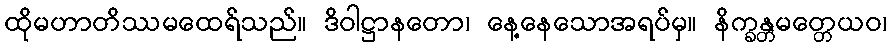
ထိုမဟာတိဿမထေရ်သည်။ ဒိဝါဋ္ဌာနတော၊ နေ့နေသောအရပ်မှ။ နိက္ခန္တမတ္တေယဝ၊